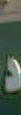
د